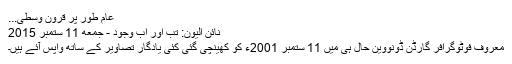
عام طور پر قرونِ وسطی...
نائن الیون: تب اور اب وجود - جمعه 11 ستمبر 2015
معروف فوٹوگرافر گارڈن ڈونووین حال ہی میں 11 ستمبر 2001ء کو کھینچی گئی کئی یادگار تصاویر کے ساتھ واپس آئے ہیں۔